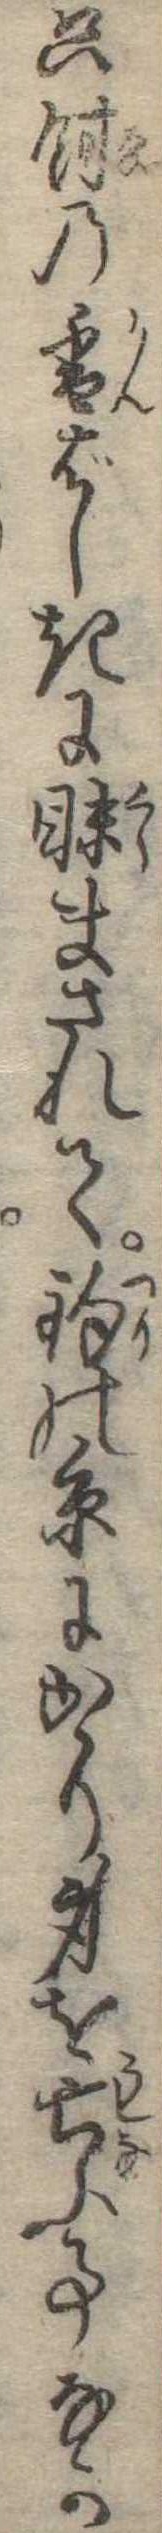
只餌の香ばしきに眛まされて釣の糸にかゝり身を亡ふ事なか